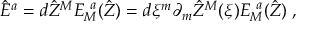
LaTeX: \hat { E } ^ { { a } } = d \hat { Z } ^ { { M } } E _ { { M } } ^ { ~ { a } } ( \hat { Z } ) = d \xi ^ { m } \partial _ { m } \hat { Z } ^ { { M } } ( \xi ) E _ { { M } } ^ { ~ { a } } ( \hat { Z } ) \; ,